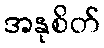
အနုစိတ်